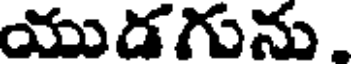
యుడగును.